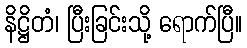
နိဋ္ဌိတံ၊ ပြီးခြင်းသို့ ရောက်ပြီ။